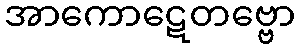
အာကောဋေတဗ္ဗော